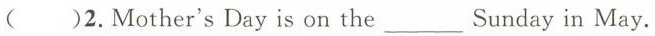
( )2.Mother's Day is on the_ Sunday in May.